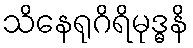
သိနေရုဂိရိမုဒ္ဓနိ